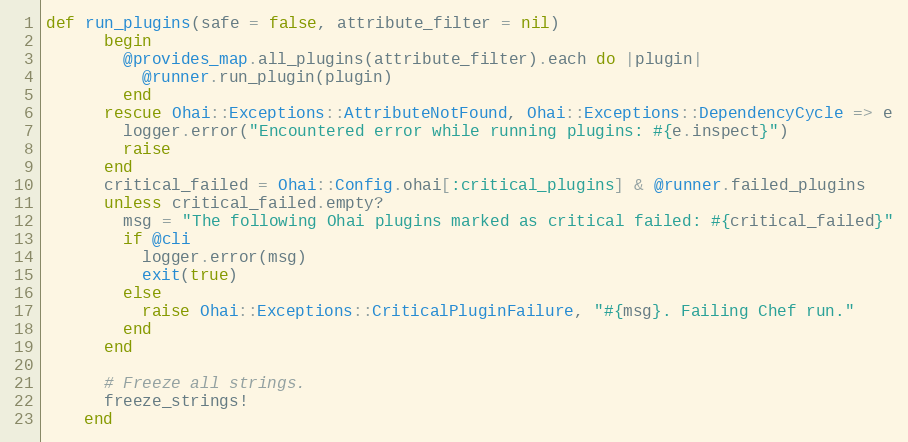
Language: Ruby
def run_plugins(safe = false, attribute_filter = nil)
      begin
        @provides_map.all_plugins(attribute_filter).each do |plugin|
          @runner.run_plugin(plugin)
        end
      rescue Ohai::Exceptions::AttributeNotFound, Ohai::Exceptions::DependencyCycle => e
        logger.error("Encountered error while running plugins: #{e.inspect}")
        raise
      end
      critical_failed = Ohai::Config.ohai[:critical_plugins] & @runner.failed_plugins
      unless critical_failed.empty?
        msg = "The following Ohai plugins marked as critical failed: #{critical_failed}"
        if @cli
          logger.error(msg)
          exit(true)
        else
          raise Ohai::Exceptions::CriticalPluginFailure, "#{msg}. Failing Chef run."
        end
      end

      # Freeze all strings.
      freeze_strings!
    end